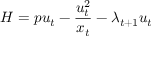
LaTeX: H = p u _ { t } - { \frac { u _ { t } ^ { 2 } } { x _ { t } } } - \lambda _ { t + 1 } u _ { t }